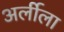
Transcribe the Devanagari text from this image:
अर्लीला